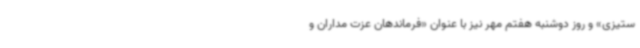
ستیزی» و روز دوشنبه هفتم مهر نیز با عنوان «فرماندهان عزت مداران و